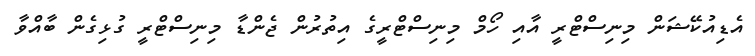
އެޑިއުކޭޝަން މިނިސްޓްރީ އާއި ހޯމް މިނިސްޓްރީގެ އިތުރުން ޖެންޑާ މިނިސްޓްރީ ގުޅިގެން ބާއްވާ